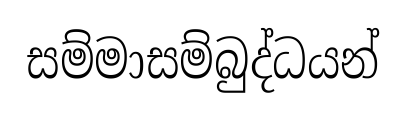
සම්මාසම්බුද්ධයන්